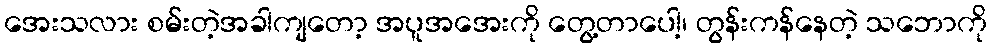
အေးသလား စမ်းတဲ့အခါကျတော့ အပူအအေးကို တွေ့တာပေါ့၊ တွန်းကန်နေတဲ့ သဘောကို